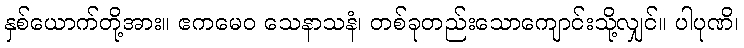
နှစ်ယောက်တို့အား။ ဧကမေဝ သေနာသနံ၊ တစ်ခုတည်းသောကျောင်းသို့လျှင်။ ပါပုဏိ၊